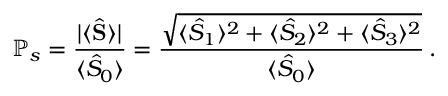
\mathbb { P } _ { s } = \frac { \lvert \langle \hat { \mathbf { S } } \rangle \rvert } { \langle \hat { S } _ { 0 } \rangle } = \frac { \sqrt { \langle \hat { S } _ { 1 } \rangle ^ { 2 } + \langle \hat { S } _ { 2 } \rangle ^ { 2 } + \langle \hat { S } _ { 3 } \rangle ^ { 2 } } } { \langle \hat { S } _ { 0 } \rangle } \, .